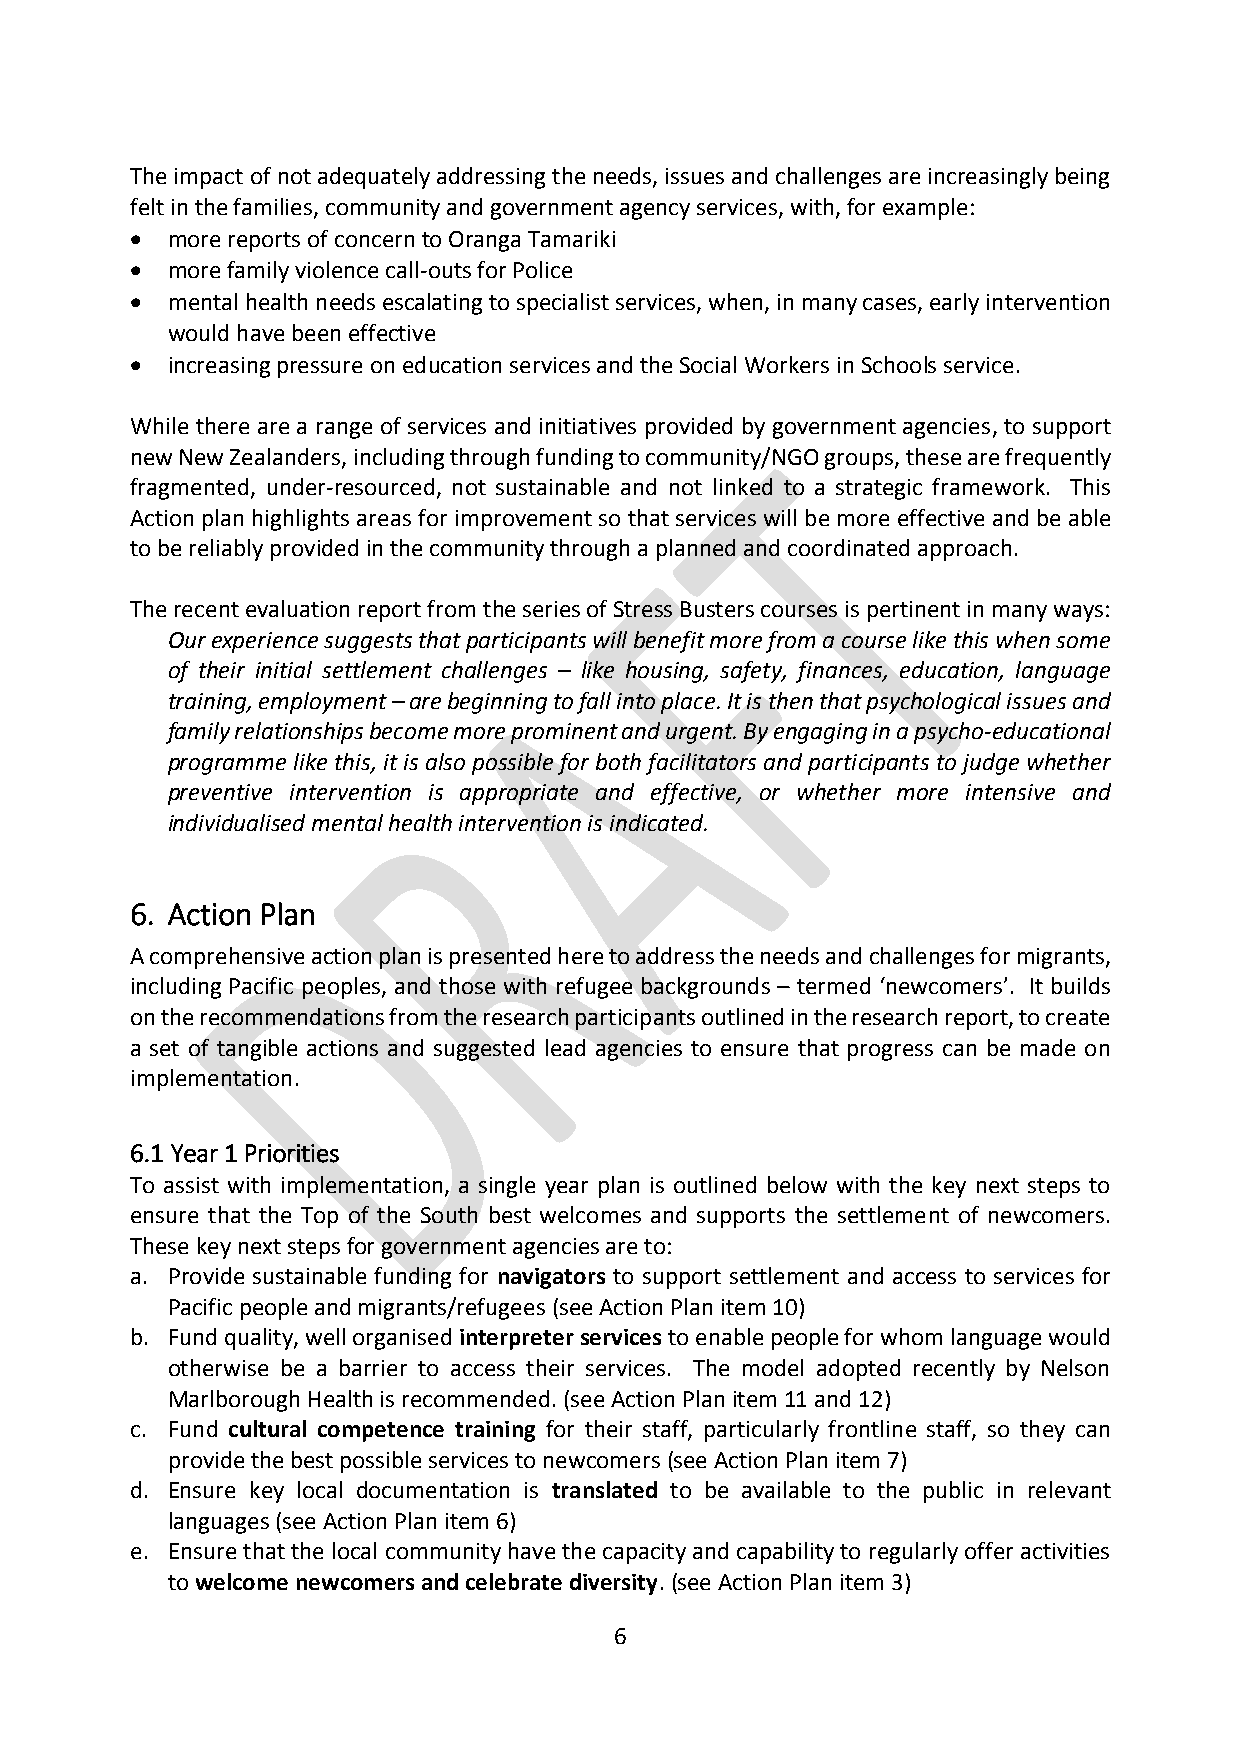
The impact of not adequately addressing the needs, issues and challenges are increasingly being
 felt in the families, community and government agency services, with, for example:
  more reports of concern to Oranga Tamariki
  more family violence call-outs for Police
  mental health needs escalating to specialist services, when, in many cases, early intervention
 would have been effective
  increasing pressure on education services and the Social Workers in Schools service.
 While there are a range of services and initiatives provided by government agencies, to support
 new New Zealanders, including through funding to community/NGO groups, these are frequently
 fragmented, under-resourced, not sustainable and not linked to a strategic framework. This
 Action plan highlights areas for improvement so that services will be more effective and be able
 to be reliably provided in the community through a planned and coordinated approach.
 The recent evaluation report from the series of Stress Busters courses is pertinent in many ways:
 Our experience suggests that participants will benefit more from a course like this when some
 of their initial settlement challenges – like housing, safety, finances, education, language
 training, employment – are beginning to fall into place. It is then that psychological issues and
 family relationships become more prominent and urgent. By engaging in a psycho-educational
 programme like this, it is also possible for both facilitators and participants to judge whether
 preventive intervention is appropriate and effective, or whether more intensive and
 individualised mental health intervention is indicated.
 6. Action Plan
 A comprehensive action plan is presented here to address the needs and challenges for migrants,
 including Pacific peoples, and those with refugee backgrounds – termed ‘newcomers’. It builds
 on the recommendations from the research participants outlined in the research report, to create
 a set of tangible actions and suggested lead agencies to ensure that progress can be made on
 implementation.
 6.1 Year 1 Priorities
 To assist with implementation, a single year plan is outlined below with the key next steps to
 ensure that the Top of the South best welcomes and supports the settlement of newcomers.
 These key next steps for government agencies are to:
 a. Provide sustainable funding for navigators to support settlement and access to services for
 Pacific people and migrants/refugees (see Action Plan item 10)
 b. Fund quality, well organised interpreter services to enable people for whom language would
 otherwise be a barrier to access their services. The model adopted recently by Nelson
 Marlborough Health is recommended. (see Action Plan item 11 and 12)
 c. Fund cultural competence training for their staff, particularly frontline staff, so they can
 provide the best possible services to newcomers (see Action Plan item 7)
 d. Ensure key local documentation is translated to be available to the public in relevant
 languages (see Action Plan item 6)
 e. Ensure that the local community have the capacity and capability to regularly offer activities
 to welcome newcomers and celebrate diversity. (see Action Plan item 3)
 6